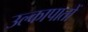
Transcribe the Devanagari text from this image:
उल्कापातों